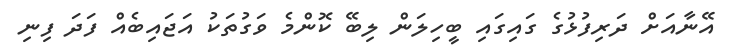
އޭނާއަށް ދަރިފުޅުގެ ގައިގައި ބީހިލަން ލިބޭ ކޮންމެ ވަގުތަކު އަޖައިބެއް ފަދަ ފިނި